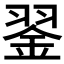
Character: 𦑕